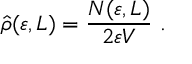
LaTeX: \widehat \rho ( \varepsilon , L ) = \displaystyle \frac { N ( \varepsilon , L ) } { 2 \varepsilon V } ~ .